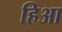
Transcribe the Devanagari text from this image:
हिआ